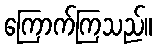
ကြောက်ကြသည်။